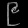
Digit: ၉